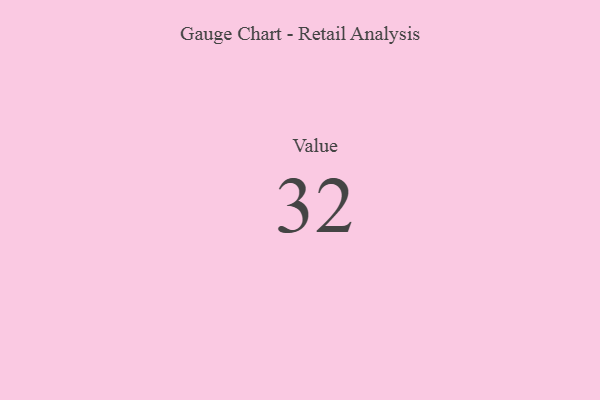
{"axis": {"x": "Metric", "y": "Value"}, "legend": [""], "data": [{"x": "Value", "y": 32, "type": ""}]}